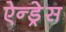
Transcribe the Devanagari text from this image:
ऐन्‍ड्रेस